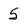
Character: 5